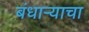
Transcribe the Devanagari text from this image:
बंधार्‍याचा